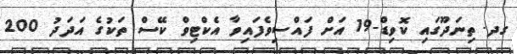
ގދ. ތިނަދޫގައި ކޮވިޑް-19 އަށް ފައްސިވެފައިވާ އެކްޓިވް ކޭސް ތަކުގެ އަދަދު 200